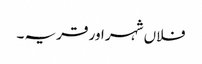
فلاں شہر اور قریہ ۔